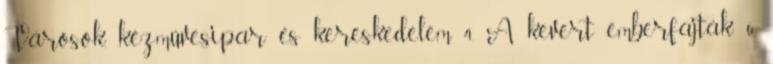
Városok, kézművesipar és kereskedelem 4. A kevert emberfajták 6.